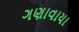
ગણાવાયા